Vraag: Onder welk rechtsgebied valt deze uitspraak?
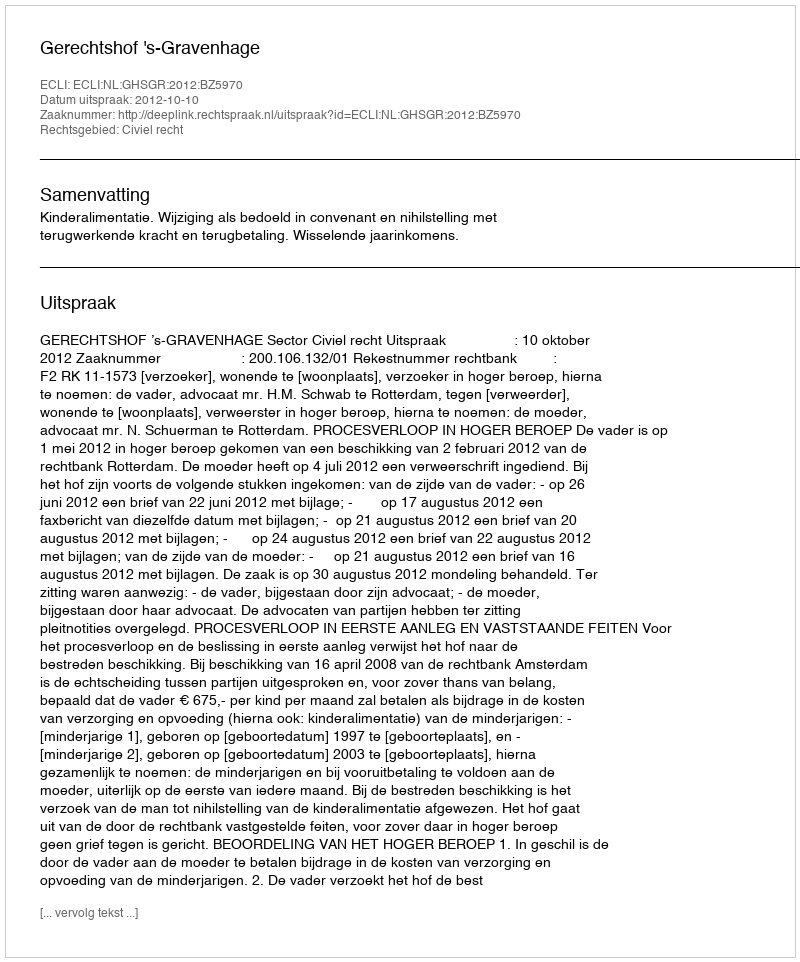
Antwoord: Civiel recht